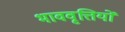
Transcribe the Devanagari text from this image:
भाववृत्तियों